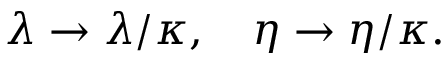
\lambda \rightarrow \lambda / \kappa , \quad \eta \rightarrow \eta / \kappa .